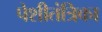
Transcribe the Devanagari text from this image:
पेशीतंत्रिका